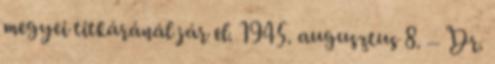
megyei titkáránál jár el. 1945. augusztus 8. – Dr.